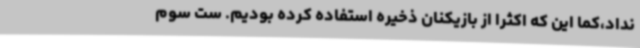
نداد،کما این که اکثرا از بازیکنان ذخیره استفاده کرده بودیم. ست سوم